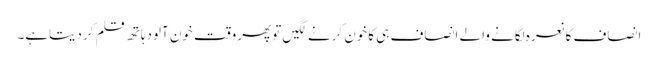
انصاف کانعرہ لگانے والے انصاف ہی کاخون کرنے لگیں توپھروقت خون آلودہاتھ قلم کردیتاہے۔